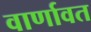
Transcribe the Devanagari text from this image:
वार्णावत